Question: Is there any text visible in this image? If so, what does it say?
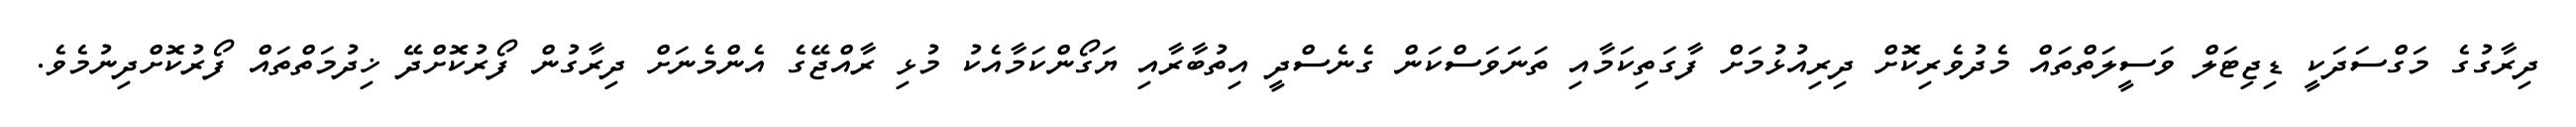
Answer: ދިރާގުގެ މަގްސަދަކީ ޑިޖިޓަލް ވަސީލަތްތައް މެދުވެރިކޮށް ދިރިއުޅުމަށް ފާގަތިކަމާއި ތަނަވަސްކަން ގެނެސްދީ އިތުބާރާއި ޔަގޯންކަމާއެކު މުޅި ރާއްޖޭގެ އެންމެނަށް ދިރާގުން ފޯރުކޮށްދޭ ޚިދުމަތްތައް ފޯރުކޮށްދިނުމެވެ.